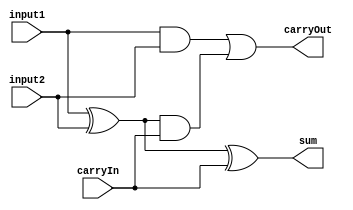
module Full_adder (
    carryIn,
    input1,
    input2,
    sum,
    carryOut
);

  //I/O ports
  input carryIn;
  input input1;
  input input2;

  output sum;
  output carryOut;

  //Internal Signals
  wire sum;
  wire carryOut;
  wire w1, w2, w3;

  //Main function
  xor x1 (w1, input1, input2);
  xor x2 (sum, w1, carryIn);
  and a1 (w2, input1, input2);
  and a2 (w3, w1, carryIn);
  or o1 (carryOut, w2, w3);

endmodule